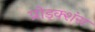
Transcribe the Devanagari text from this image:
प्रोड्क्शंस